Indian journal of veterinary science and animal husbandry - Volume 11,
Year: 1941
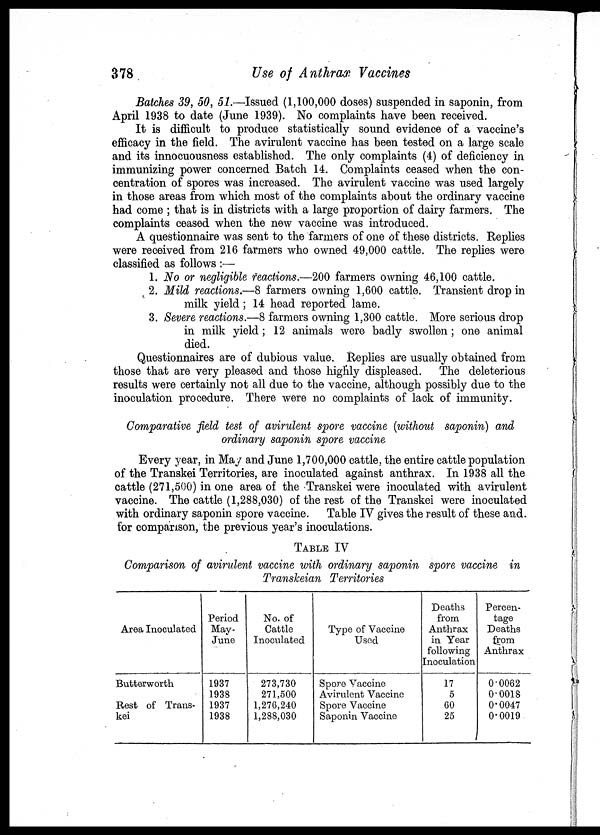
378
Use of Anthrax Vaccines
Batches 39, 50, 51.—Issued (1,100,000 doses) suspended in saponin, from
April 1938 to date (June 1939). No complaints have been received.
It is difficult to produce statistically sound evidence of a vaccine's
efficacy in the field. The avirulent vaccine has been tested on a large scale
and its innocuousness established. The only complaints (4) of deficiency in
immunizing power concerned Batch 14. Complaints ceased when the con-
centration of spores was increased. The avirulent vaccine was used largely
in those areas from which most of the complaints about the ordinary vaccine
had come ; that is in districts with a large proportion of dairy farmers. The
complaints ceased when the new vaccine was introduced.
A questionnaire was sent to the farmers of one of these districts. Replies
were received from 216 farmers who owned 49,000 cattle. The replies were
classified as follows :—
1. No or negligible reactions.—200 farmers owning 46,100 cattle.
2. Mild reactions.—8 farmers owning 1,600 cattle. Transient drop in
milk yield ; 14 head reported lame.
3. Severe reactions.—8 farmers owning 1,300 cattle. More serious drop
in milk yield ; 12 animals were badly swollen ; one animal
died.
Questionnaires are of dubious value. Replies are usually obtained from
those that are very pleased and those highly displeased. The deleterious
results were certainly not all due to the vaccine, although possibly due to the
inoculation procedure. There were no complaints of lack of immunity.
Comparative field test of avirulent spore vaccine (without saponin) and
ordinary saponin spore vaccine
Every year, in May and June 1,700,000 cattle, the entire cattle population
of the Transkei Territories, are inoculated against anthrax. In 1938 all the
cattle (271,500) in one area of the Transkei were inoculated with avirulent
vaccine. The cattle (1,288,030) of the rest of the Transkei were inoculated
with ordinary saponin spore vaccine. Table IV gives the result of these and
for comparison, the previous year's inoculations.
TABLE IV
Comparison of avirulent vaccine with ordinary saponin spore vaccine in
Transkeian Territories
Area Inoculated
Butterworth
Rest of Trans-
kei
Period
May-
June
1937
1938
1937
1938
No. of
Cattle
Inoculated
273,730
271,500
1,276,240
1,288,030
Type of Vaccine
Used
Spore Vaccine
Avirulent Vaccine
Spore Vaccine
Saponin Vaccine
Deaths
from
Anthrax
in Year
following-
Inoculation
17
5
60
25
Percen-
tage
Deaths
from
Anthrax
0.0062
0.0018
0.0047
0.0019